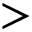
>